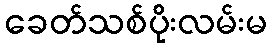
ခေတ်သစ်ပိုးလမ်းမ